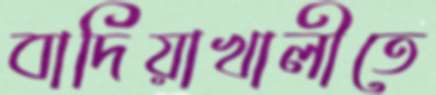
বাদিয়াখালীতে